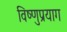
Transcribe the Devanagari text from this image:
विष्‍णुप्रयाग